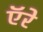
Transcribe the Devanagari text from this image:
ऍरे